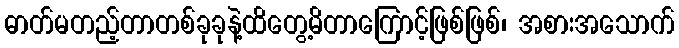
ဓာတ်မတည့်တာတစ်ခုခုနဲ့ထိတွေ့မိတာကြောင့်ဖြစ်ဖြစ်၊ အစားအသောက်